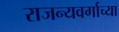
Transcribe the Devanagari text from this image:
राजन्यवर्गाच्या